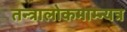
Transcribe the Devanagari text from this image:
तन्त्रालोकमाम्न्यत्र